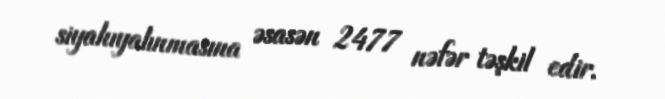
siyahıyalınmasına əsasən 2477 nəfər təşkil edir.